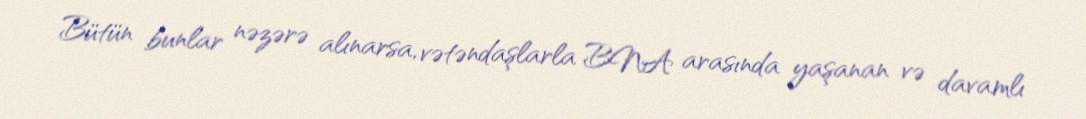
Bütün bunlar nəzərə alınarsa, vətəndaşlarla BNA arasında yaşanan və davamlı